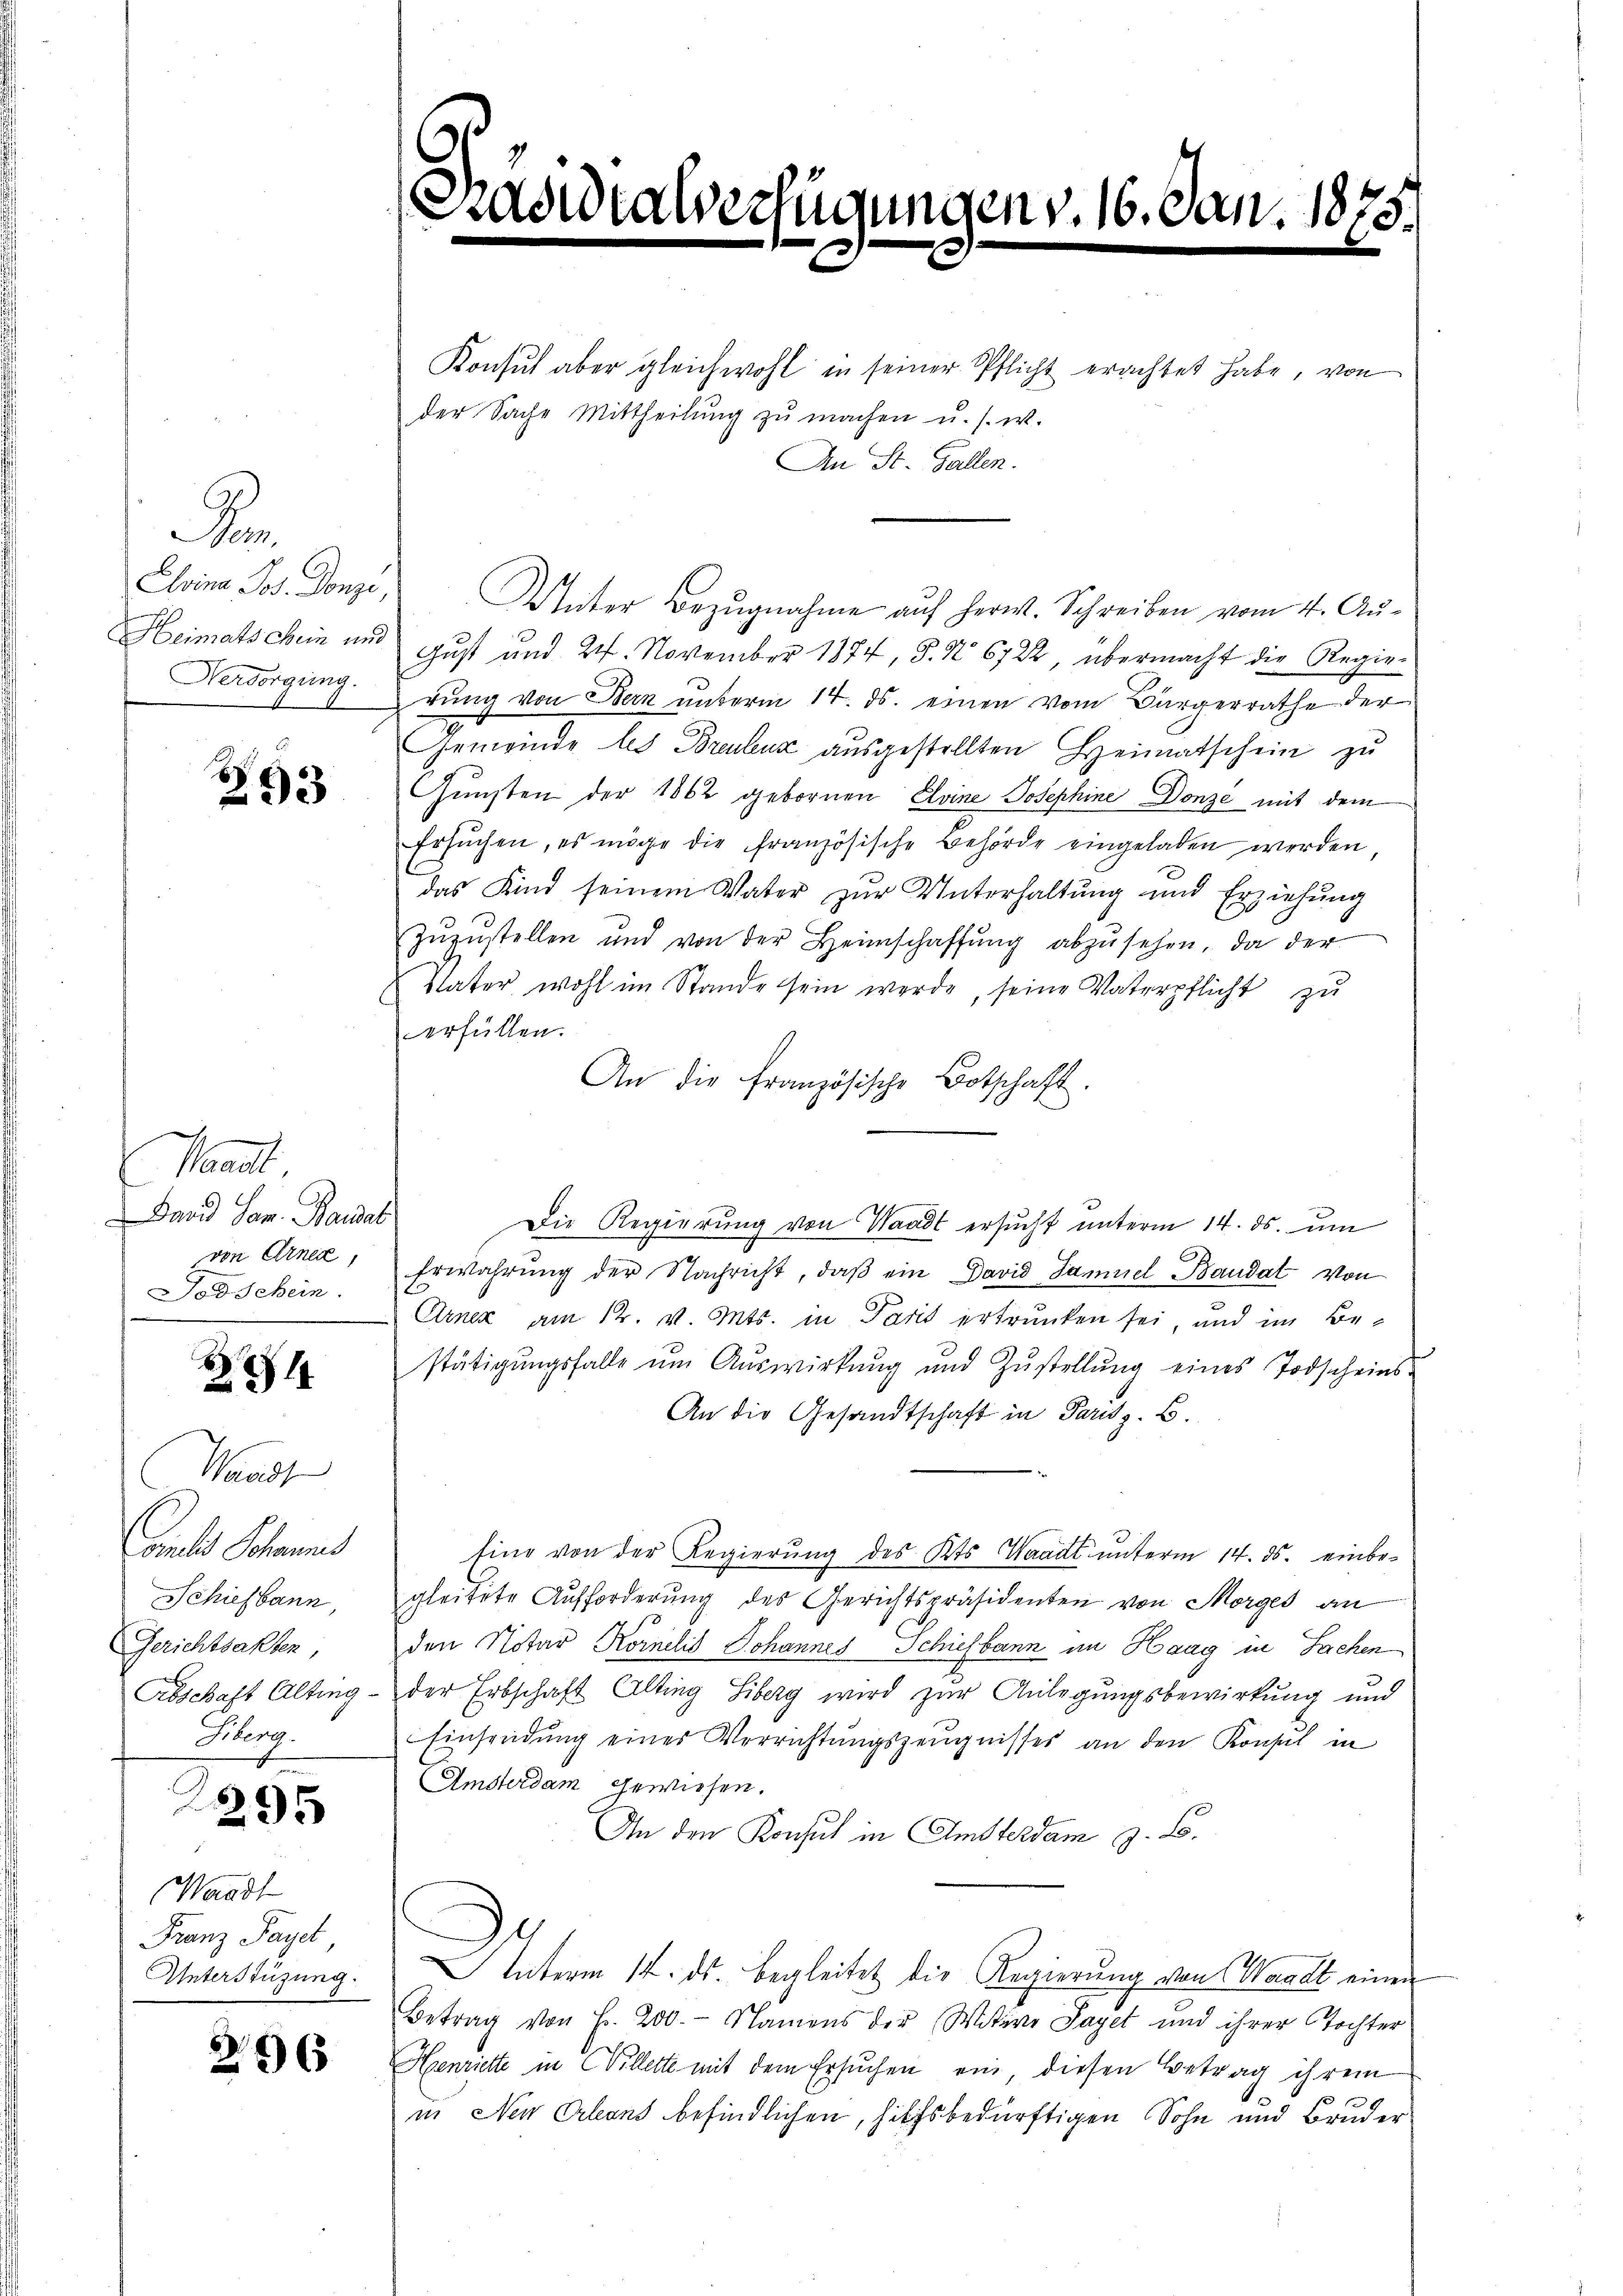
D
Nersorgung.

Waadt
Dard San. Bandel
von Arnere,
Todschein.

Waadt
Conclus Schauens
Schiefbann,
Gerichtsakten,
Abschaft Alting.
Hberg.

2

253

4

295

Waadt
Franz Payet
Unterstüzung.

296

verfügen

Konsul aber gleichwohl in seiner Pflicht erachtet habe, von
der Sache Mittheilŭng zŭ machen u. s. w.
An St. Gallen.
Elvina Jos. Donzi, Weiter Bezugnahme auf herw. Schreiben vom 4. Au¬
Heimatschein und gust und 24. November 1874, S. Nr. 6722, übermacht die Regir-
dung von Bern unterm 14. ds. einen vom Bürgerrathe der
Gemeinde les Breulenz ausgestellten Heimatschein zu
Gŭnsten der 1862 gebornen Elvine Josephine Donze mit dem
Ersŭchen, es möge die französische Behörde eingeladen werden,
das Kind seinem Vater zur Unterhaltung und Erziehung
zŭzŭstellen und von der Heimschaffŭng abzŭsehen, da der
Vater wohl im Stande sein werde, seine Vaterpflicht zu
erfüllen.
An die französische Botschaft.
Die Regierung von Waadt ersucht unterm 14. ds. um
Erwahrŭng der Nachricht, daβ ein David Samuel Baudat von
Arnez am 12. v. Mts. in Paris ertrunken sei, und im Bestätigungsfalle ŭm Aŭswirkung und Zŭstellŭng eines Todscheins-
An die Gesandtschaft in Parisz. B.
fing von der Regierung des Kts. Waadt unterm 14. ds. einbegleitete Aufforderung des Gerichtspräsidenten von Morges an
den Notar Kornelis Johannes Schiefbann im Haag in Sachen
der Erbschaft Alting Siberg wird zur Anlegungsbewirkung und
Einsendung eines Verrichtungszeugnisses an den Konsul in
Amsterdam gewiesen.
An den Konsul in Amsterdam z. B.
Unterm 14. ds. begleitet die Regierung von Waadt einen
Betrag von Fr. 200.- Namens der Witwe Saget und ihrer Tochter
Henriette in Villette mit dem Ersuchen ein, diesen Betrag ihrem
in Neu Orleans befindlichen, hilfsbedürftigen Sohn und Bruder

zen v. 16. Jan. 1875